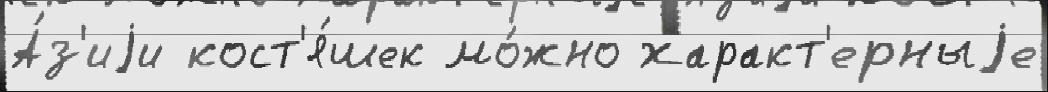
А́з'иjи кост'я́шек мо́жно характ'ерныjе